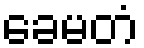
ခေမတံ